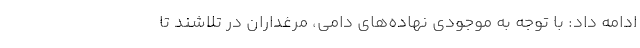
ادامه داد: با توجه به موجودی نهاده‌های دامی، مرغداران در تلاشند تا